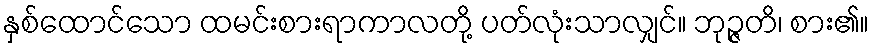
နှစ်ထောင်သော ထမင်းစားရာကာလတို့ ပတ်လုံးသာလျှင်။ ဘုဉ္ဇတိ၊ စား၏။